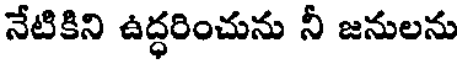
నేటికిని ఉద్ధరించును నీ జనులను